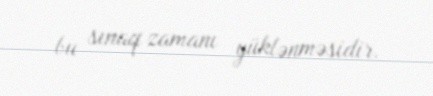
bu sınaq zamanı yüklənməsidir.